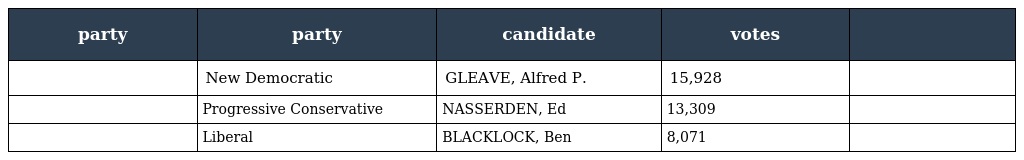
| party | party | candidate | votes |  |
 | --- | --- | --- | --- | --- |
 |  | New Democratic | GLEAVE, Alfred P. | 15,928 |  |
 |  | Progressive Conservative | NASSERDEN, Ed | 13,309 |  |
 |  | Liberal | BLACKLOCK, Ben | 8,071 |  |